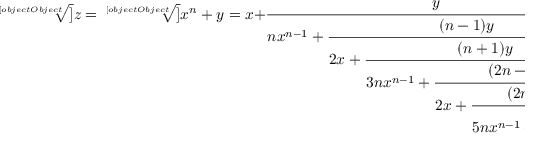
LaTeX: { \sqrt [ [object Object] ] { z } } = { \sqrt [ [object Object] ] { x ^ { n } + y } } = x + { \cfrac { y } { n x ^ { n - 1 } + { \cfrac { ( n - 1 ) y } { 2 x + { \cfrac { ( n + 1 ) y } { 3 n x ^ { n - 1 } + { \cfrac { ( 2 n - 1 ) y } { 2 x + { \cfrac { ( 2 n + 1 ) y } { 5 n x ^ { n - 1 } + { \cfrac { ( 3 n - 1 ) y } { 2 x + \ddots } } } } } } } } } } } } ;